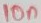
Text: 10n